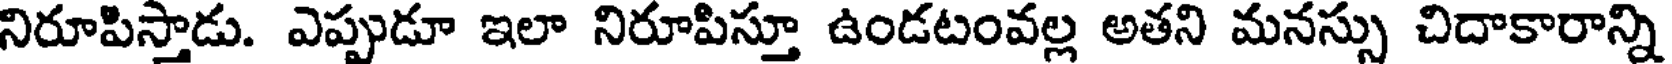
నిరూపిస్తాడు. ఎప్పుడూ ఇలా నిరూపిస్తూ ఉండటంవల్ల అతని మనస్సు చిదాకారాన్ని